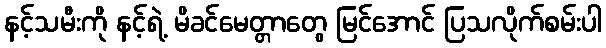
နင့်သမီးကို နင့်ရဲ့ မိခင်မေတ္တာတွေ မြင်အောင် ပြသလိုက်စမ်းပါ